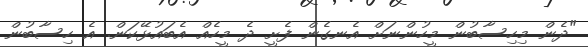
"ދެން މިހިސާބުން މީހުންނަށް އެނގެން ފެށީ ދެ މީހެއް އެބައުޅޭކަން. އެ ހިސާބުން